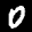
Label: 0